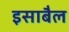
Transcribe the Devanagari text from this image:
इसाबैल